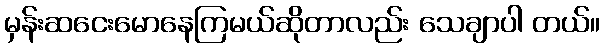
မှန်းဆငေးမောနေကြမယ်ဆိုတာလည်း သေချာပါ တယ်။